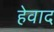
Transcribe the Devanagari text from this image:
हेवाद